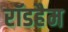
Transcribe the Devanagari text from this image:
रॉडहैम